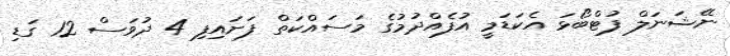
ނޭޝަނަލް ފުޓްބޯޅަ އެކަޑަމީ އުފެއްދުމުގެ މަސައްކަތް ފަށައިފި 4 ދުވަސް 12 ގަޑި